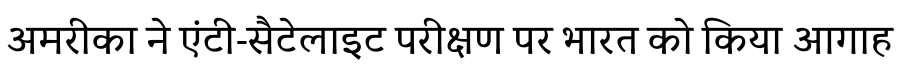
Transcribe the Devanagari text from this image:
अमरीका ने एंटी-सैटेलाइट परीक्षण पर भारत को किया आगाह